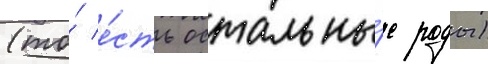
(то́ е́сть остальны́е роды)